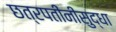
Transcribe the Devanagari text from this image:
छत्रपतींनीसुद्धा